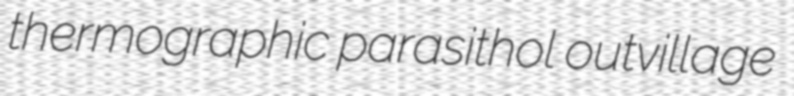
thermographic parasithol outvillage